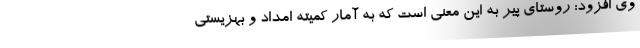
وی افزود: روستای پیر به این معنی است که به آمار کمیته امداد و بهزیستی